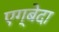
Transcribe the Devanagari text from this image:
एग्बेदा